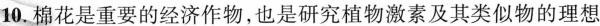
10.棉花是重要的经济作物，也是研究植物激素及其类似物的理想